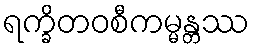
ရက္ခိတဝစီကမ္မန္တဿ